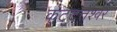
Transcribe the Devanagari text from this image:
कट्टत्तेश्वर